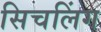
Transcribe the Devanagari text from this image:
सिचलिंग